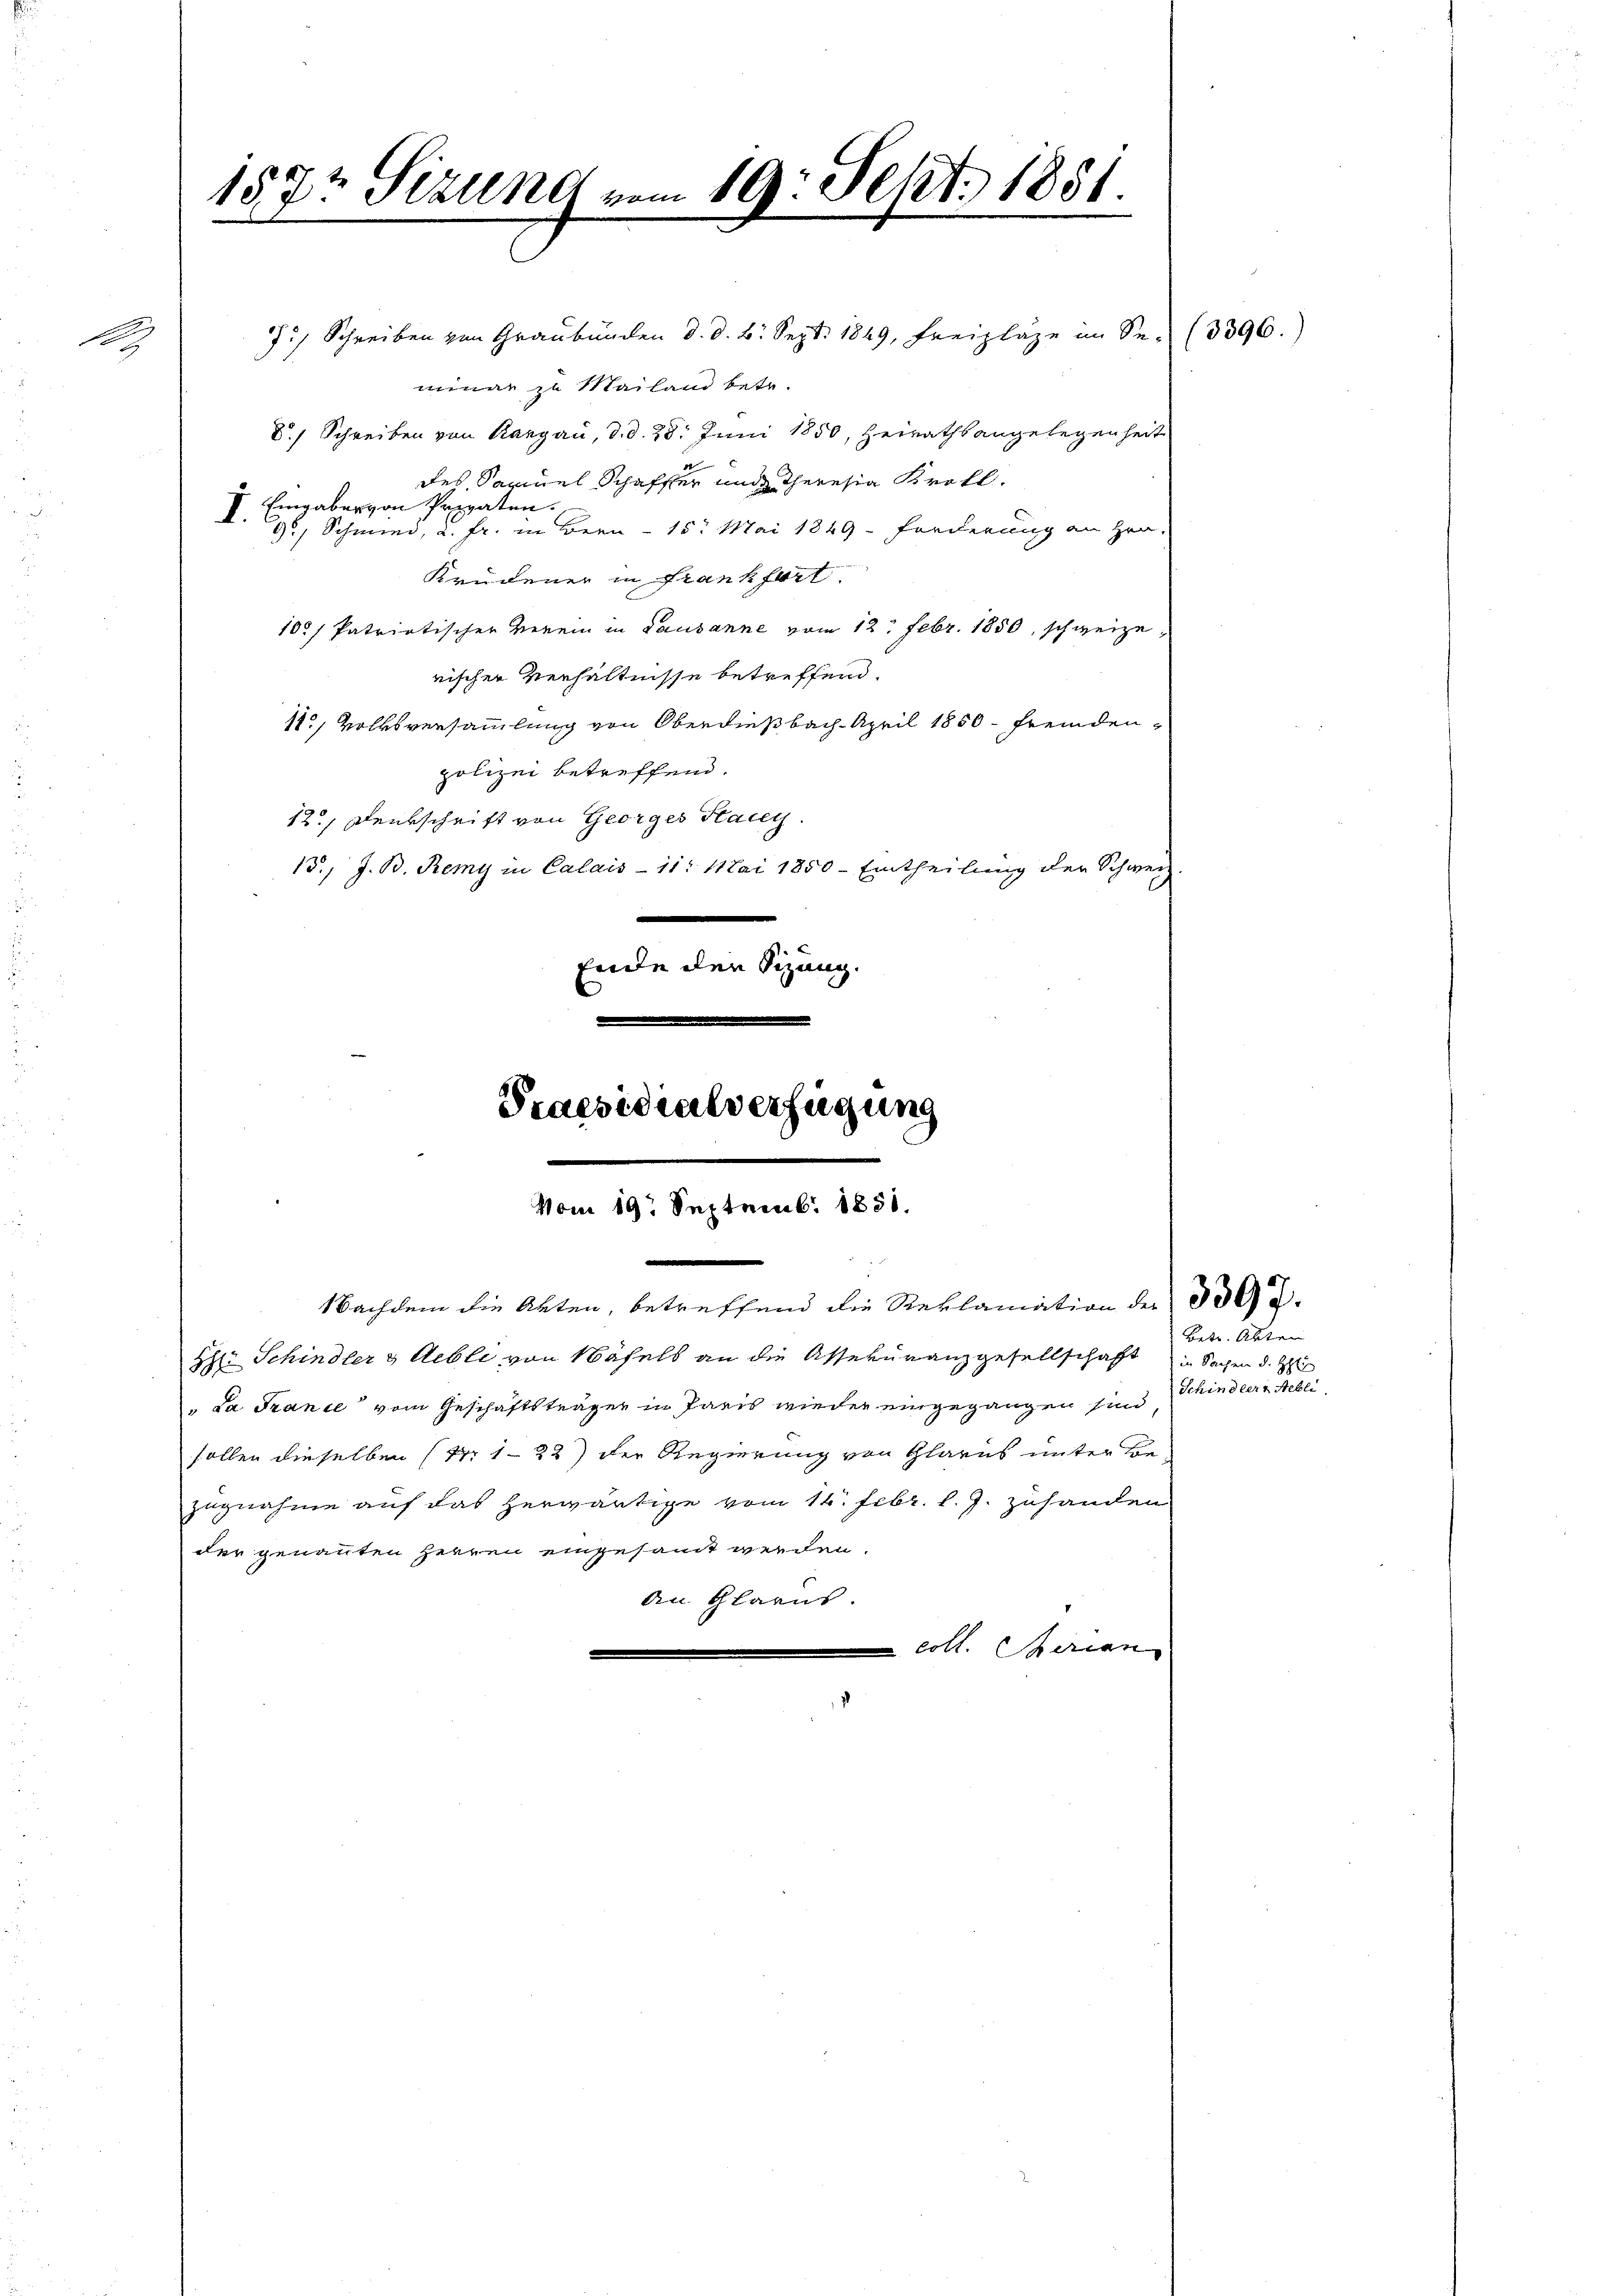
A

157t Sizung vom 19. Sept. 1851.

J. Schreiben von Graubünden d. d. 6. Sept. 1849, Freizläge im Se. (3396.)
minar zu Mailand betr.
d Schreiben von Kargau, d. d. 28. Juni 1850, Heirathsangelegenheit
e
des, Samuel Schaffer und Theresia Kretl.
Eingaben von Privaten.
1.
9, Schmied, u. Fr. Bern - 15. Mai 1849 - Forderung an Hrn.
Krudener in Frankfurt
100/ Patriotischer Verein in Lausanne vom 12. Febr. 1850, schweize
rischer Verhältnisse betreffend.
12, Volksversammlung von Oberdießbach April 1850 fremdenpolizei betreffend.
12.) Denkschrift von Georges Stang
13., J. B. Remy in Calais - 11. Mai 1850 - Eintheilung der Schweiz.
Ende den Sizung.

Nachdem die Akten, betreffend die Reklamation der 300.
H: Schindler & Aeble von Näfels an die Assekuranzgesellschaft in Sachen d. H
Da France vom Geschäftsträger in Paris wieder eingegangen sind
sollen dieselben (14 1-22) der Regierung von Glarus unter Be-
zugnahme auf das herwärtige vom 14. Febr. l. J. zuhanden
der genannten Herren eingesamt werden.
An Glarus.
 coll. Serien

Praesidialverfügung
Vom 19t Septemb. 1831.

Betr. Abten
Schindler Rebli